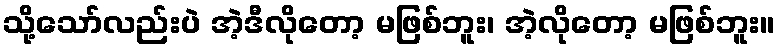
သို့သော်လည်းပဲ အဲ့ဒီလိုတော့ မဖြစ်ဘူး၊ အဲ့လိုတော့ မဖြစ်ဘူး။